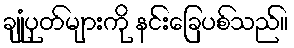
ချုံပုတ်များကို နင်းခြေပစ်သည်။